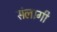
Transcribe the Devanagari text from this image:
संलागी